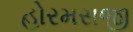
હોરમસજી